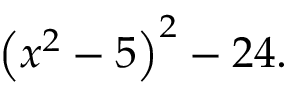
\left( x ^ { 2 } - 5 \right) ^ { 2 } - 2 4 .